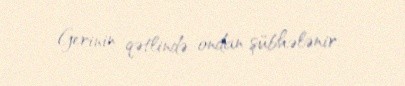
Gerinin qətlində ondan şübhələnir.